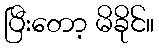
ပြီးတော့ မိခိုင်။